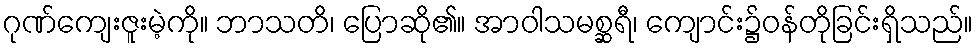
ဂုဏ်ကျေးဇူးမဲ့ကို။ ဘာသတိ၊ ပြောဆို၏။ အာဝါသမစ္ဆရီ၊ ကျောင်း၌ဝန်တိုခြင်းရှိသည်။